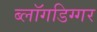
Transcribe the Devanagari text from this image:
ब्लॉगडिग्गर